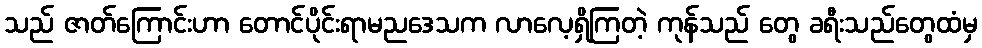
သည် ဇာတ်ကြောင်းဟာ တောင်ပိုင်းရာမညဒေသက လာလေ့ရှိကြတဲ့ ကုန်သည် တွေ ခရီးသည်တွေထံမှ